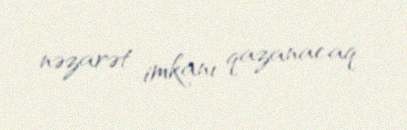
nəzarət imkanı qazanacaq.